Medical and sanitary report of the native army of Bengal for the year
Year: 1875
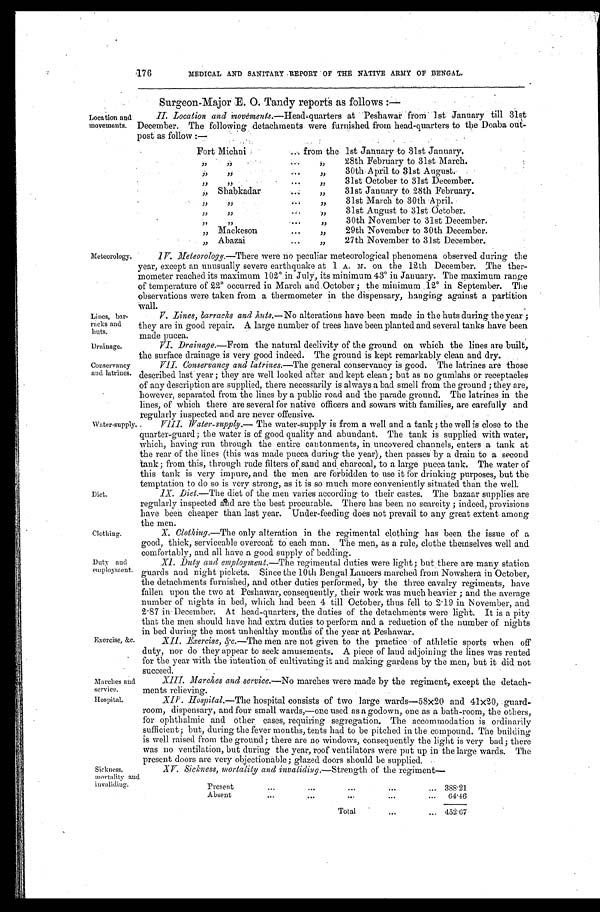
Meteorology.
Lines, bar
racks and
huts.
Drainage.
Conservancy
and latrines.
Clothing.
Duty and
employment
176
MEDICAL AND SANITARY REPORT OF THE NATIVE ARMY OF BENGAL.
Surgeon-Major E. O. Tandy reports as follows :—
Location and
movements.
II. Location and movements .—Head-quarters at Peshawar from 1st January till 31st
December. The following detachments were furnished from head-quarters to the Doaba out-
post as follow :—
Fort Michni
... from the 1st January to 31st January.
, ,
, ,
...
, ,
28th February to 31st March.
, ,
, ,
...
, ,
30th April to 31st August.
, ,
, ,
...
, ,
31st October to 31st December.
,, Shabkadar
...
, ,
31st January to 28th February.
, ,
, ,
...
, ,
31st March to 30th April.
, ,
, ,
...
, ,
31st August to 31st October.
, ,
, ,
...
, ,
30th November to 31st December.
, , Mackeson
...
, ,
29th November to 30th December.
, , Abazai
...
, ,
27th November to 31st December.
IV. Meteorology.—T h e r e
w e r e n o p e c u l i a r m e t e o r o l o g i c a l p h e n o m e n a o b s e r v e d d u r i n g t h e
year, except an unusually severe earthquake at 1 A. M. on the 12th December. The ther-
mometer reached its maximum 102˚ in July, its minimum 43˚ in January. The maximum range
of temperature of 22˚ occurred in March and October; the minimum 12˚ in September. The
observations were taken from a thermometer in the dispensary, hanging against a partition
wall.
V. Lines, barracks and huts.— No alterations have been made in the huts during the year ;
they are in good repair. A large number of trees have been planted and several tanks have been
made pucca.
VI. Drainage.—From the natural declivity of the ground on which the lines are built,
the surface drainage is very good indeed. The ground is kept remarkably clean and dry.
VII. Conservancy and latrines.—The general conservancy is good. The latrines are those
described last year ; they are well looked after and kept clean ; but as no gumlahs or receptacles
of any description are supplied,. there necessarily is always a bad smell from the ground ; they are,
however, separated from the lines by a public road and the parade ground. The latrines in the
lines, of which there are several for native officers and sowars with families, are carefully and
regularly inspected and are never offensive.
Water-supply.
Diet.
Exercise, &c.
Marches and
service.
VIII. Water-supply.— The water-supply is from a well and a tank ; the well is close to the
quarter-guard; the water is of good quality and abundant. The tank is supplied with water,
which, having run through the entire cantonments, in uncovered channels, enters a tank at
the rear of the lines (this was made pucca during the year), then passes by a drain to a second
tank; from this, through rude filters of sand and charcoal, to a large pucca tank. The water of
this tank is very impure, and the men are forbidden to use it for drinking purposes, but the
temptation to do so is very strong, as it is so much more conveniently situated than the well.
IX. Diet.— The diet of the men varies according to their castes. The bazaar supplies are
regularly inspected and are the best procurable. There has been no scarcity ; indeed, provisions
have been cheaper than last year. Under-feeding does not prevail to any great extent among
the men.
X. Clothing.—The only alteration in the regimental clothing has been the issue of a
good, thick, serviceable overcoat to each man.. The men, as a rule, clothe themselves well and
comfortably, and all have a good supply of bedding.
Xl. Duty and employment.— The regimental duties were light ; but there are many station
guards and night pickets. Since the 10th Bengal Lancers marched from Nowshera in October,
the detachments furnished, and other duties performed, by the three cavalry regiments, have
fallen upon the two at Peshawar, consequently, their work was much heavier ; and the average
number of nights in bed, which had been 4 till October, thus fell to 2 . 19 in November, and
2 . 87 in December. At head-quarters, the duties of the detachments were light. It is a pity
that the men should have had extra duties to perform and a reduction of the number of nights
in bed during the most unhealthy months of the year at Peshawar.
XII. Exercise, &c.—The men are not given to the practice of athletic sports when off
duty, nor do they appear to seek amusements. A piece of land adjoining the lines was rented
for the year with the intention of cultivating it and making gardens by the men, but it did not
succeed.
XIII. Marches and service.—No marches were made by the regiment, except the detach-
ments relieving.
Hospital.
Sickness,
mortality and
invaliding.
XIV . Hospital.— The hospital consists of two large wards-58x20 and 41x20, guard
room, dispensary, and four small wards,—one used as a godown, one as a bath-room, the others,
for ophthalmic and other cases, requiring segregation. The accommodation is ordinarily
sufficient; but, during the fever months, tents had to be pitched in the compound. The building
is well raised from the ground; there are no windows, consequently the light is very bad; there
was no ventilation, but during the year, roof ventilators were put up in the large wards. The
present doors are very objectionable ; glazed doors should be supplied.
XV. Sickness, mortality and invaliding. —Strength of the regiment—
Present
... ... ... ...
... 388.21
Absent
... ... ... ..
.
...
64.46
Total
...
... 452.67